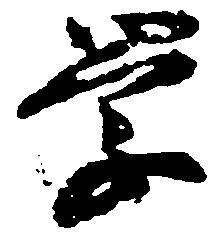
学